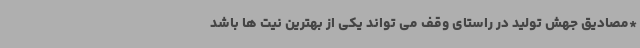
*مصادیق جهش تولید در راستای وقف می تواند یکی از بهترین نیت ها باشد